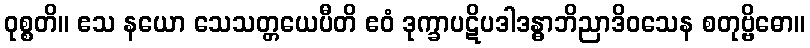
ဝုစ္စတိ။ ဧသ နယော သေသတ္တယေပီတိ ဧဝံ ဒုက္ခာပဋိပဒါဒန္ဓာဘိညာဒိဝသေန စတုဗ္ဗိဓော။